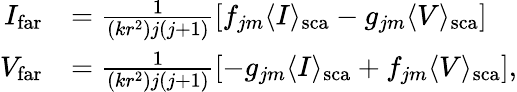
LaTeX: \begin{array}{rl}{I_{\mathrm{far}}}&{=\frac{1}{(kr^{2})j(j+1)}\left[f_{jm}\langle I\rangle_{\mathrm{sca}}-g_{jm}\langle V\rangle_{\mathrm{sca}}\right]}\\ {V_{\mathrm{far}}}&{=\frac{1}{(kr^{2})j(j+1)}\left[-g_{jm}\langle I\rangle_{\mathrm{sca}}+f_{jm}\langle V\rangle_{\mathrm{sca}}\right],}\end{array}